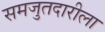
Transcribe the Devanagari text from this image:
समजुतदारीला